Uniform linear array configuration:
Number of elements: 48
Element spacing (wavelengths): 0.25
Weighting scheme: cosine
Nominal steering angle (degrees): -30
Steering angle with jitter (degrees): -31.214
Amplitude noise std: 0.05
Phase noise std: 0.05

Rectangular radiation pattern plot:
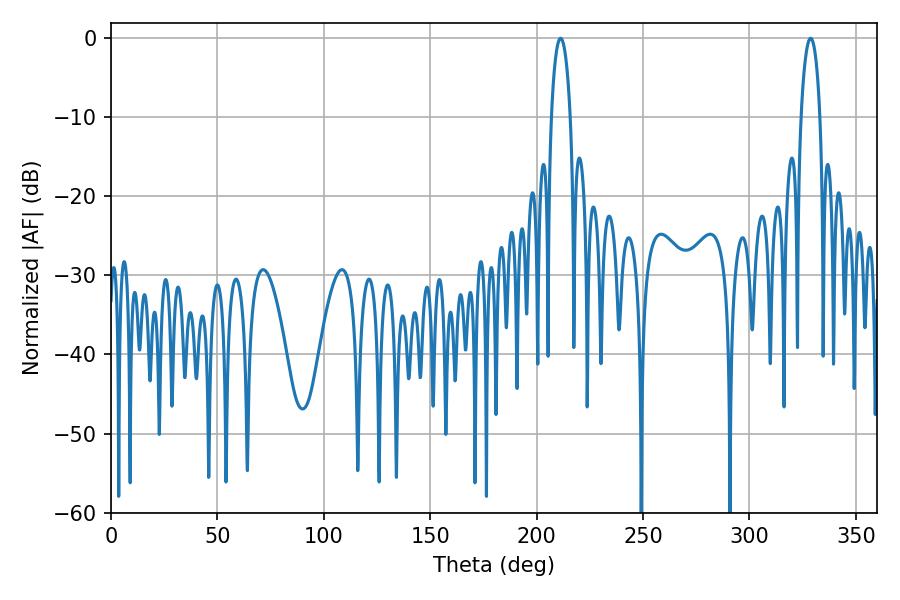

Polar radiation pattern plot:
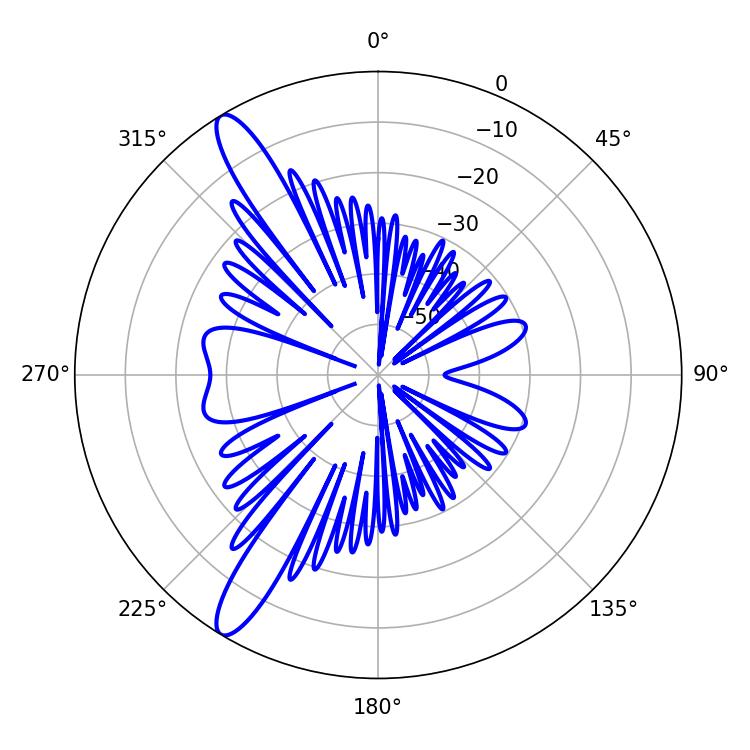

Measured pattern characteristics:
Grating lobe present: FALSE
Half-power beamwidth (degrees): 5.04
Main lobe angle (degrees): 328.68